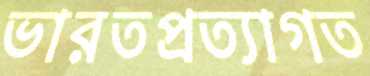
ভারতপ্রত্যাগত